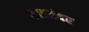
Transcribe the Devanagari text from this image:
शाहबंदर